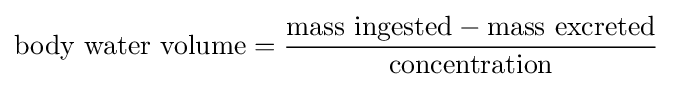
{\text{body water volume}}={\frac {{\text{mass ingested}}-{\text{mass excreted}}}{\text{concentration}}}